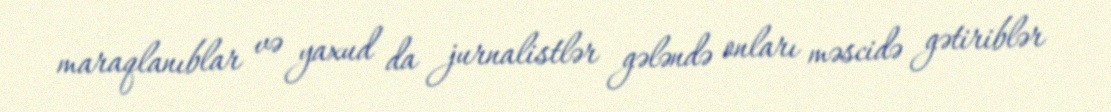
maraqlanıblar və yaxud da jurnalistlər gələndə onları məscidə gətiriblər